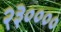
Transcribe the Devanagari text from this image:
२३००००